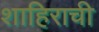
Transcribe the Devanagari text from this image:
शाहिराची